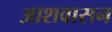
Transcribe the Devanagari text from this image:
आशवासन